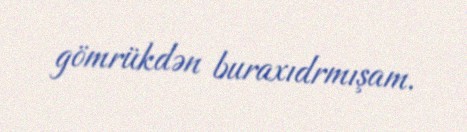
gömrükdən buraxıdrmışam.